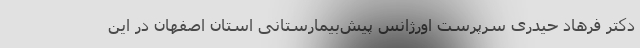
دکتر فرهاد حیدری سرپرست اورژانس پیش‌بیمارستانی استان اصفهان در این